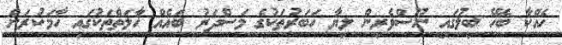
ހެއްކާ ބެހޭ ބިލުގައި ނޫސްވެރިން ލިޔާ ހަބަރުތަކުގެ މަސްދަރު ބައެއް ހާލަތްތަކުގައި ހާމަކުރަން